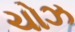
ચોઝ